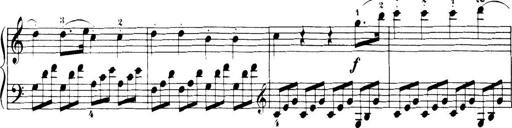
Title: 32 Sonatinas and Rondos for the Piano
Composer: Richard Kleinmichel